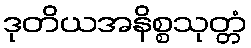
ဒုတိယအနိစ္စသုတ္တံ